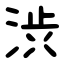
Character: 渋